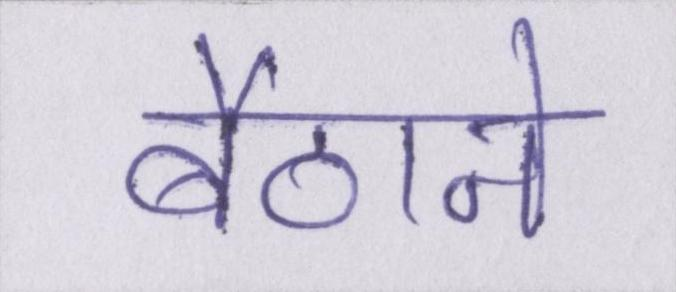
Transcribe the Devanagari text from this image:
बैठाने